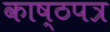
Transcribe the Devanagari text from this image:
काष्ठपत्र